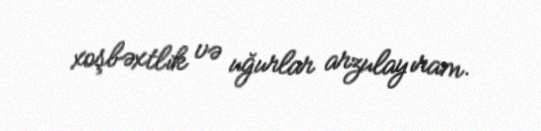
xoşbəxtlik və uğurlar arzulayıram.